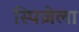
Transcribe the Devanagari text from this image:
स्पिज़ेला